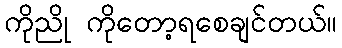
ကိုညို ကိုတော့ရစေချင်တယ်။